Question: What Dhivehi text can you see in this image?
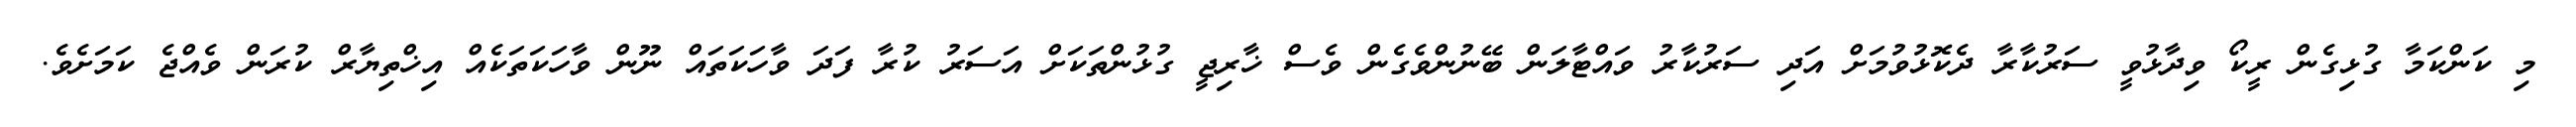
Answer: މި ކަންކަމާ ގުޅިގެން ރީކޯ ވިދާޅުވީ ސަރުކާރާ ދެކޮޅުވުމަށް އަދި ސަރުކާރު ވައްޓާލަން ބޭނުންވެގެން ވެސް ޚާރިޖީ ގުޅުންތަކަށް އަސަރު ކުރާ ފަދަ ވާހަކަތައް ނޫން ވާހަކަތަކެއް އިޚްތިޔާރް ކުރަން ވެއްޖެ ކަމަށެވެ.